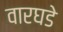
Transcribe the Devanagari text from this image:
वारघडे